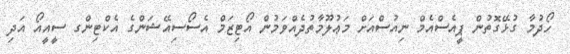
ހޯދުމާ ގުޅޭގޮތުން ޕީއެސްއެމް ނިއުސްއަށް މަޢުލޫމާތުދެއްވަމުން އޯޓިޒަމް އެސޯސިއޭޝަންގެ އެކްޓިންގ ސީއީއޯ އަދި